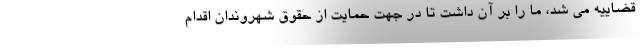
قضاییه می شد، ما را بر آن داشت تا در جهت حمایت از حقوق شهروندان اقدام